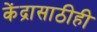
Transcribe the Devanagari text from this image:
केंद्रासाठीही